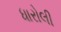
ધારોલી